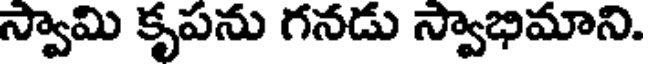
స్వామి కృపను గనడు స్వాభిమాని.